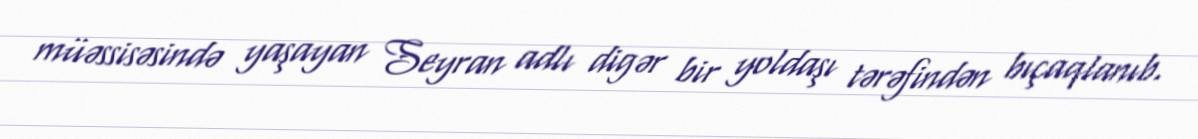
müəssisəsində yaşayan Seyran adlı digər bir yoldaşı tərəfindən bıçaqlanıb.